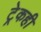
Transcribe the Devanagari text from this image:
ट्रेकही